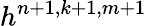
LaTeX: h^{n+1,k+1,m+1}